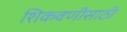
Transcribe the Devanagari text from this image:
शिकवणीसाठी